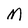
Character: M